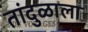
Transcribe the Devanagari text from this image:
तांदुळाला